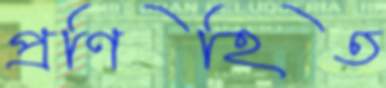
প্রণিহিত